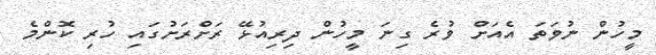
މީހުން ނުވަތަ އެއަށް ވުރެ ގިނަ މީހުން ދިރިއުޅޭ ރަށްރަށުގައި ހުރި ކޮންމެ